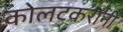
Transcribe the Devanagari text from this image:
कोलटकरांनी